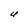
Character: U